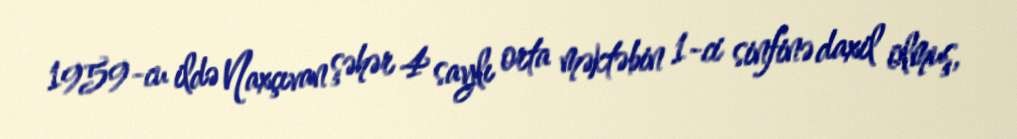
1959-cu ildə Naxçıvan şəhər 4 saylı orta məktəbin 1-ci sinfinə daxil olmuş,